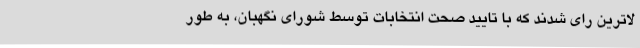
لاترین رای شدند که با تایید صحت انتخابات توسط شورای نگهبان، به طور